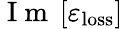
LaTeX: \mathrm{~I~m~}\left[\varepsilon_{\mathrm{loss}}\right]